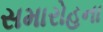
સમારોહના